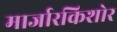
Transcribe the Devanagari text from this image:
मार्जारकिशोर